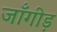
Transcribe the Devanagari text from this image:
जाँगीड़